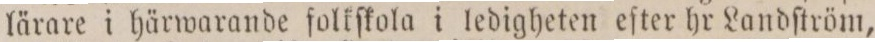
lärare i härwarande folkſkola i ledigheten eſter hr Landſtröm,